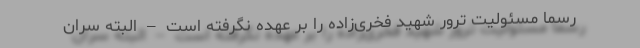
رسماً مسئولیت ترور شهید فخری‌زاده را بر عهده نگرفته است – البته سران